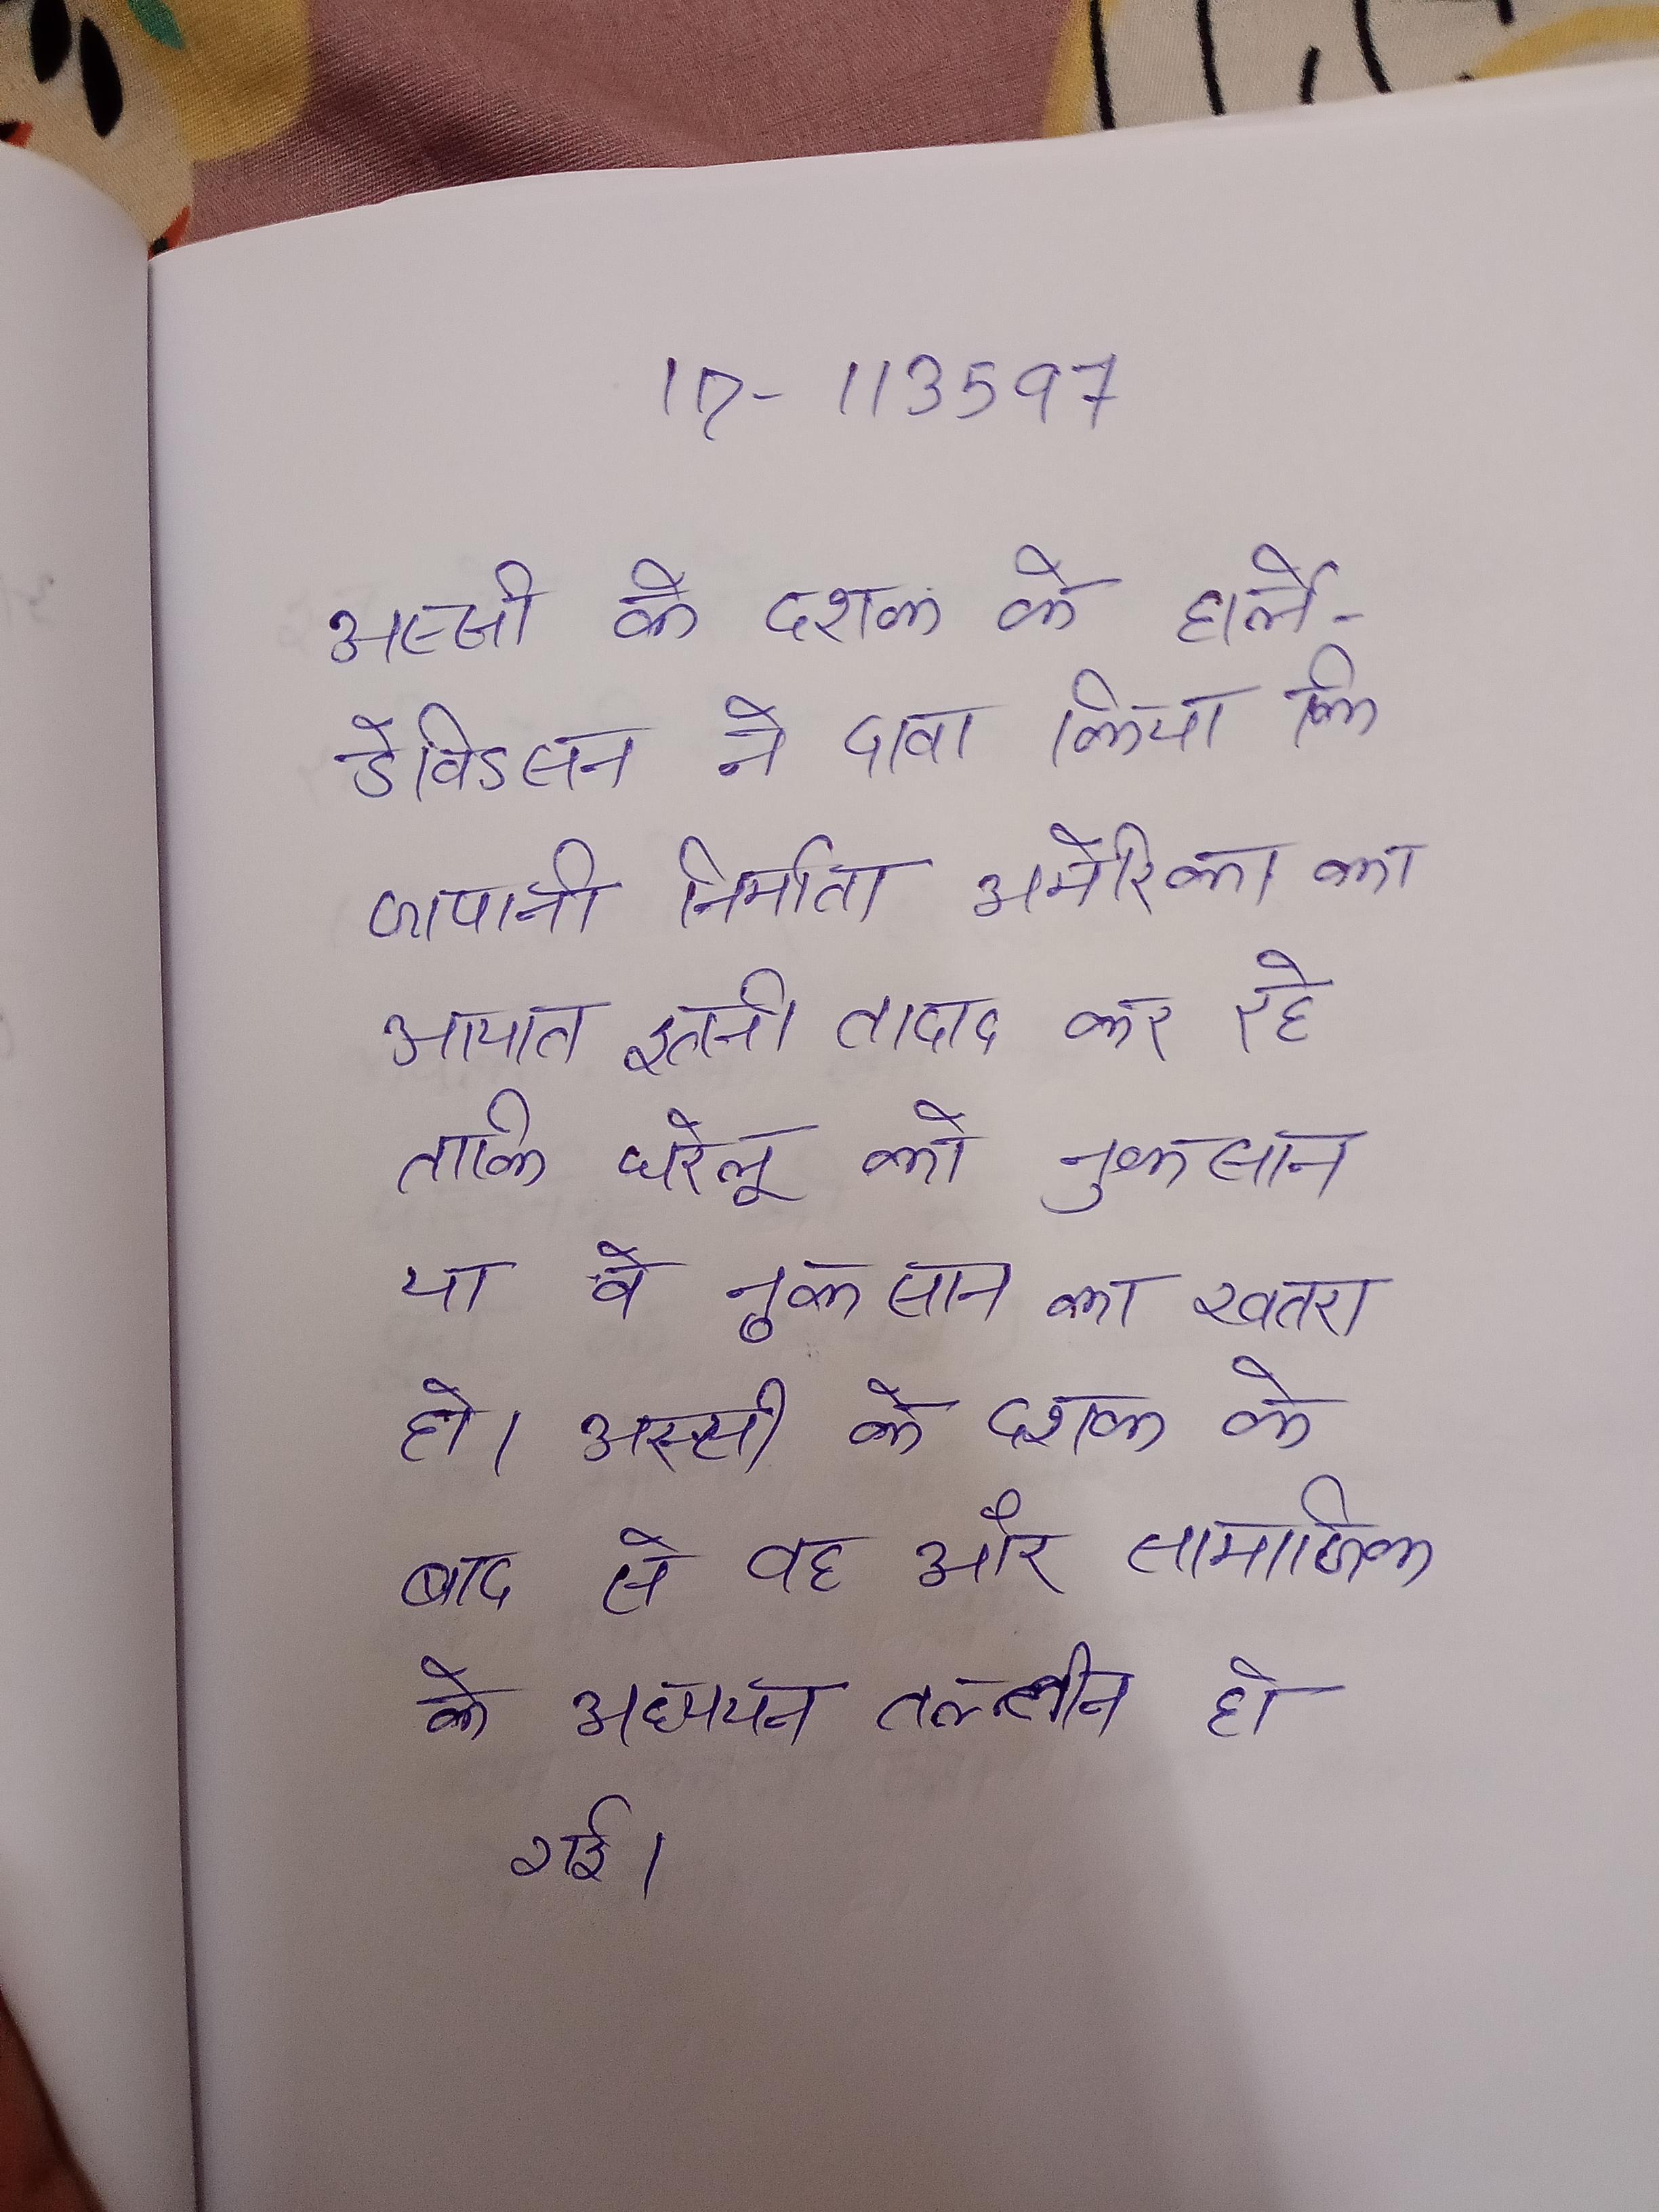
अस्सी के दशक के हार्ले-डेविडसन ने दावा किया कि जापानी निर्माता अमेरिका का आयात इतनी तादाद कर रहे ताकि घरेलू को नुकसान या वे नुकसान का खतरा हो । अस्सी के दशक के बाद से वह और सामाजिक के अध्ययन तल्लीन हो गई ।